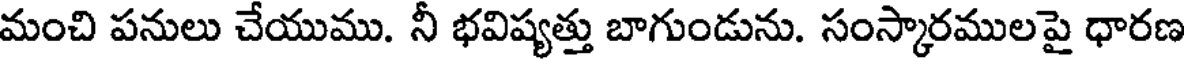
మంచి పనులు చేయుము. నీ భవిష్యత్తు బాగుండును. సంస్కారములపై ధారణ